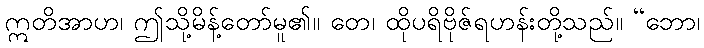
ဣတိအာဟ၊ ဤသို့မိန့်တော်မူ၏။ တေ၊ ထိုပရိဗိုဇ်ရဟန်းတို့သည်။ “ဘော၊